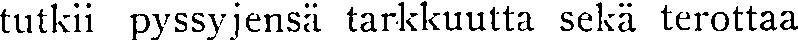
tutkii pyssyjensä tarkkuutta sekä terottaa